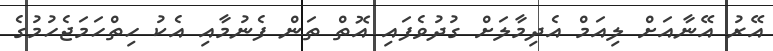
އޭރު އޭނާއަށް ލިއަމް އެދިމާލަށް ގުދުވެފައި އޮތް ތަން ފެނުމާއި އެކު ހިތްހަމަޖެހުމުގެ